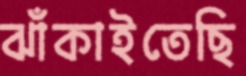
ঝাঁকাইতেছি